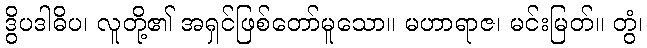
ဒွိပဒါဓိပ၊ လူတို့၏ အရှင်ဖြစ်တော်မူသော။ မဟာရာဇ၊ မင်းမြတ်။ တွံ၊